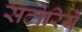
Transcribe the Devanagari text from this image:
सटोरिये